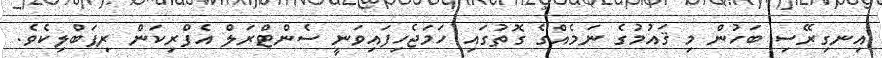
އިނގިރޭސި ބަހުން މި ޤައުމުގެ ނަމެއްގެ ގޮތުގައި ހަމަޖެހިފައިވަނީ ސެންޓްރަލް އެފްރިކަން ރިޕަބްލިކެވެ.